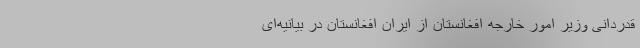
قدردانی وزیر امور خارجه افغانستان از ایران افغانستان در بیانیه‌ای